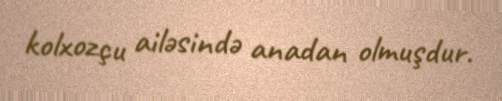
kolxozçu ailəsində anadan olmuşdur.